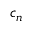
c _ { n }